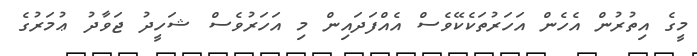
މީގެ އިތުރުން އެހެން އަހަރުތަކެކޭވެސް އެއްފަދައިން މި އަހަރުވެސް ޝަހީދު ޖަވާދު ޢުމަރުގެ